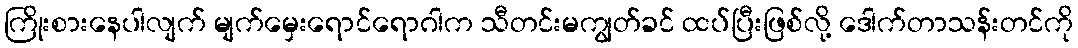
ကြိုးစားနေပါလျက် မျက်မှေးရောင်ရောဂါက သီတင်းမကျွတ်ခင် ထပ်ပြီးဖြစ်လို့ ဒေါက်တာသန်းတင်ကို